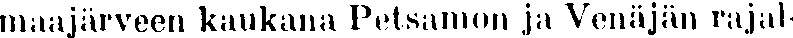
maajärveen kaukana Petsamon ja Venäjän rajal-